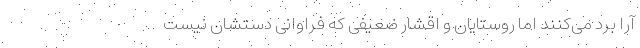
آرا برد می‌کنند اما روستایان و اقشار ضعیفی که فراوانی دستشان نیست